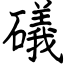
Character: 礒